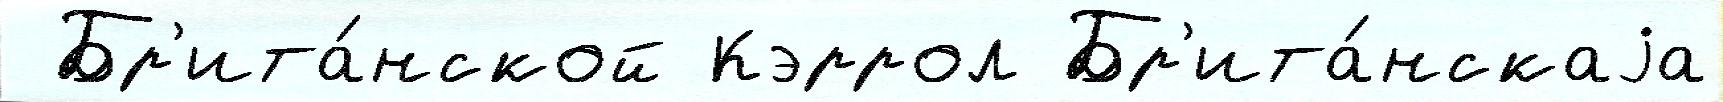
 Бр'ита́нской Кэррол Бр'ита́нскаjа